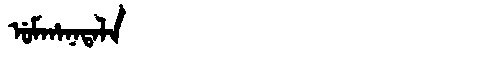
Manchu: ᡠᠮᡥᠠᠨᠠᡨᠠᠯᠠ
Romanization: UMHANATALA